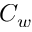
C _ { w }